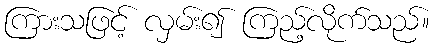
ကြားသဖြင့် လှမ်း၍ ကြည့်လိုက်သည်။